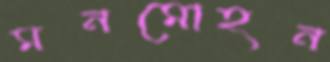
মনমোহন